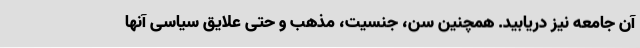
آن جامعه نیز دریابید. همچنین سن، جنسیت، مذهب و حتی علایق سیاسی آنها